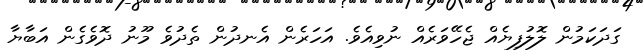
ގަދަކަމުން ލޮލުފިޔެއް ޖެހޭވަރެއް ނުވިއެވެ. އަހަރެން އެނދުން ތެދުވެ މޫނު ދޮވެގެން އަބާޔާ